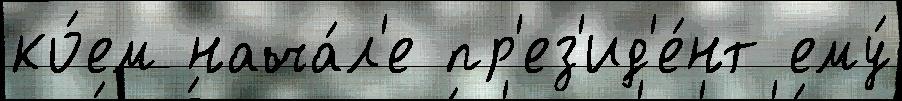
ко́ем нача́л'е пр'ез'ид'е́нт ему́